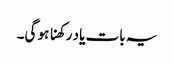
یہ بات یاد رکھنا ہو گی۔